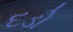
દડો